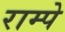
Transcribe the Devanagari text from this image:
राम्पे